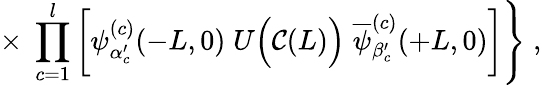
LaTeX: \times\; \prod_{c=1}^{l}\left[\psi_{\alpha_{c}^{\prime}}^{(c)}(-L,0)\; U\Big({\cal C}(L)\Big)\; \overline{{{\psi}}}_{\beta_{c}^{\prime}}^{(c)}(+L,0)\right]\Bigg\} \; ,